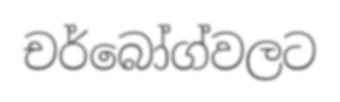
චර්බෝග්වලට